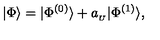
| \Phi \rangle = | \Phi ^ { ( 0 ) } \rangle + a _ { _ U } | \Phi ^ { ( 1 ) } \rangle ,